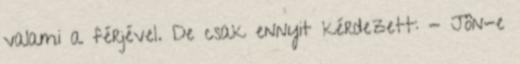
valami a férjével. De csak ennyit kérdezett: - Jön-e